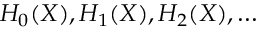
H _ { 0 } ( X ) , H _ { 1 } ( X ) , H _ { 2 } ( X ) , \ldots